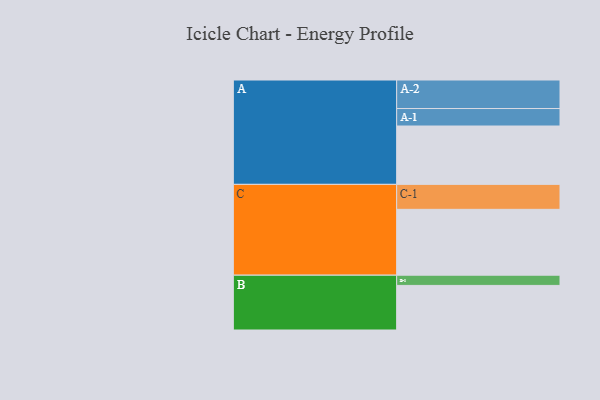
{"axis": {"x": "Segment", "y": "Value"}, "legend": ["", "A", "B", "C"], "data": [{"x": "A", "y": 491, "type": ""}, {"x": "B", "y": 375, "type": ""}, {"x": "C", "y": 554, "type": ""}, {"x": "A-1", "y": 147, "type": "A"}, {"x": "A-2", "y": 240, "type": "A"}, {"x": "B-1", "y": 86, "type": "B"}, {"x": "C-1", "y": 210, "type": "C"}]}